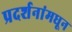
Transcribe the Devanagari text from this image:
प्रदर्शनांमधून